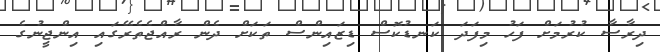
ދިރާސާ ކުރުމަށް ފަހު މިފަދަ ކަނޑުކޮސް ޑިޒައިންސް ތަކަށް ދެން ރާއްޖެތެރޭގައި އިންޖީނުގެ